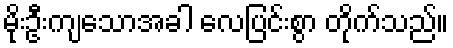
မိုးဦးကျသောအခါ လေပြင်းစွာ တိုက်သည်။